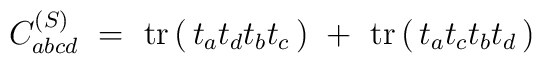
C^{(S)}_{abcd} \ =\ {\rm tr} \left(\, t_a t_d t_b t_c \,\right)                \ +\ {\rm tr} \left(\, t_a t_c t_b t_d \,\right)